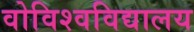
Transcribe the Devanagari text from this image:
वोविश्वविद्यालय